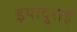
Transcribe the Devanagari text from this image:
इयादुराई